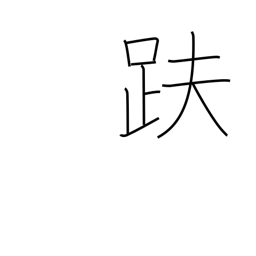
Meaning: sitting in the lotus position